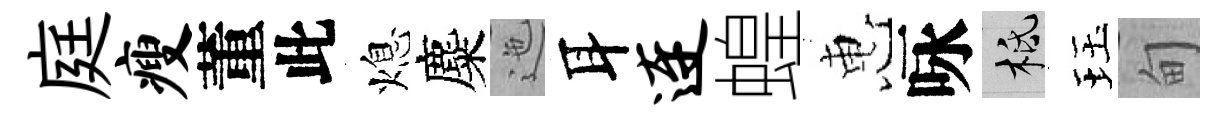
庭瘦董此熄麋迤耳连蝗惠咏柢珏甸